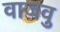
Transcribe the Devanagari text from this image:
वाजवु